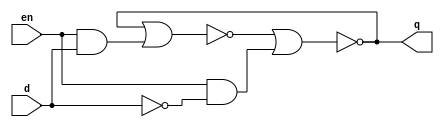
module my_dlatch (
	input 	d,
	input 	en,
	output	q);
	
	wire s;
	wire r;
	wire qb;
	
	assign qb = ~(q | s);
	assign q  = ~(qb | r);
	assign s  = en & d;
	assign r  = en & ~d;
	
endmodule